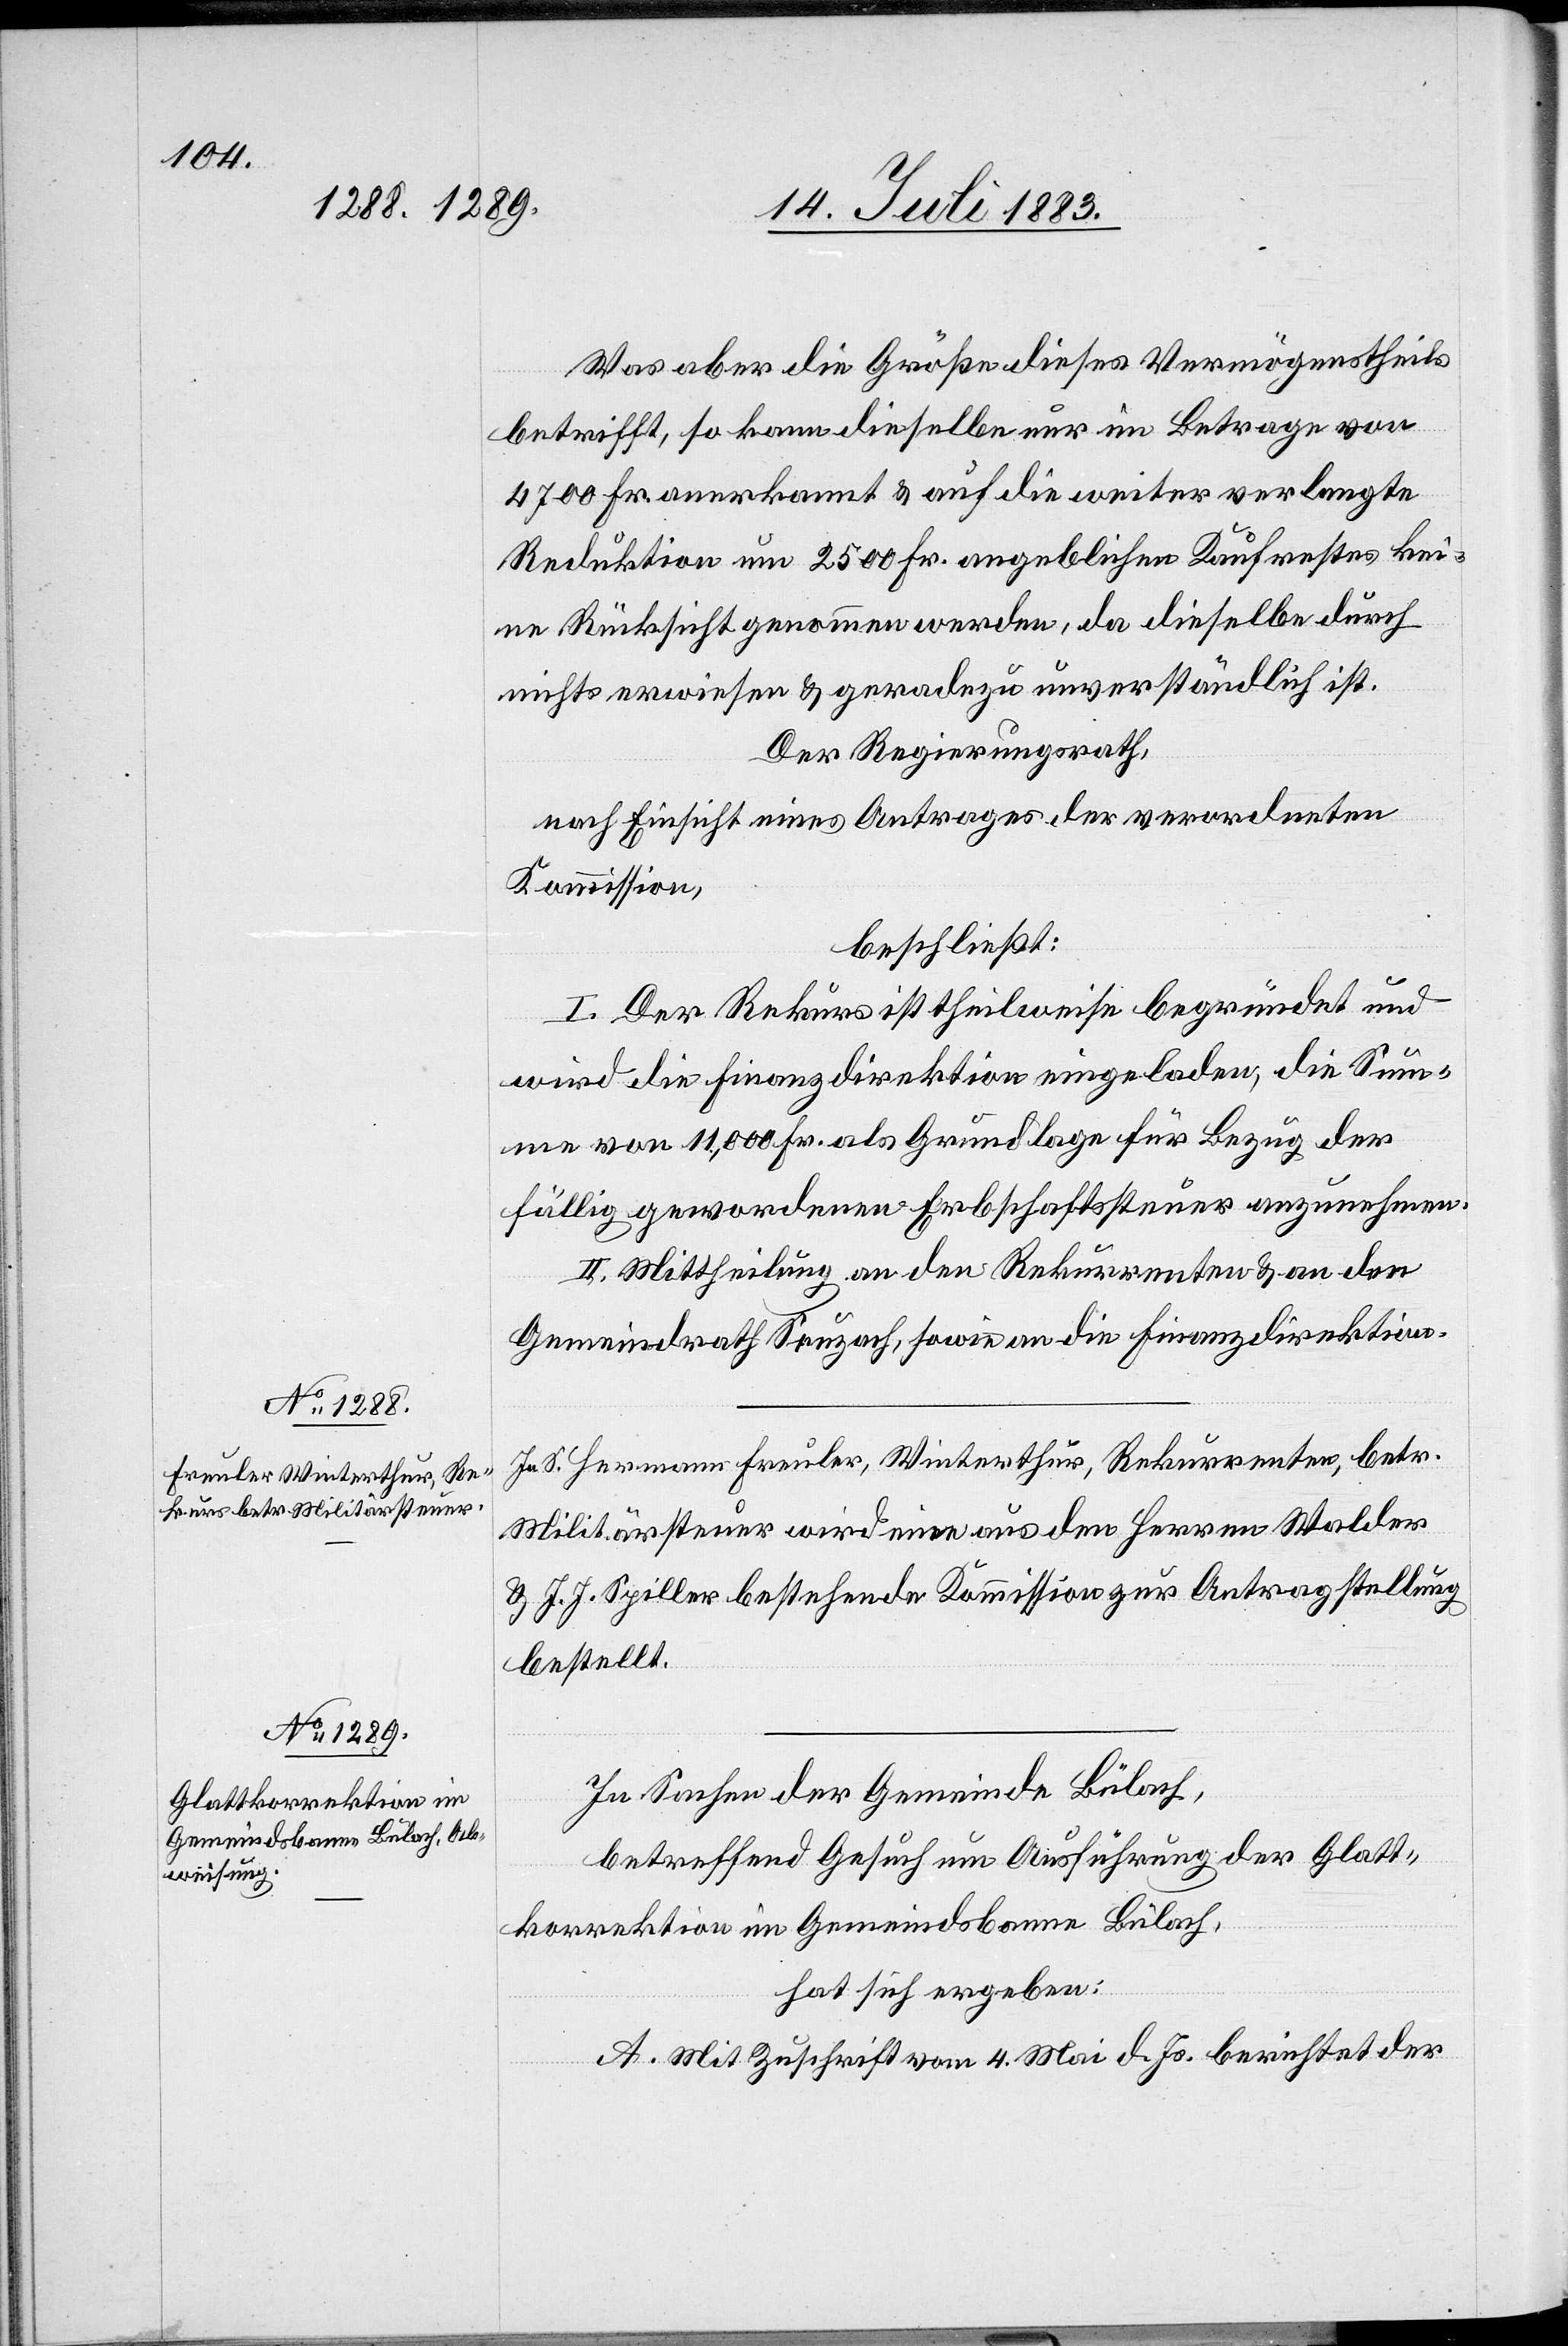
Was aber die Größe dieses Vermögenstheils
betrifft, so kann dieselbe nur im Betrag von
4700 Fr. anerkannt & auf die weitere verlangte
Reduktion um 2500 Fr. angeblichen Kaufrestes kei¬
ne Rücksicht genommen werden, da dieselbe durch
nichts erwiesen & geradezu unverständlich ist.
Der Regierungsrath,
nach Einsicht eines Antrages der verordneten
Kommission,
beschließt:
I. Der Rekurs ist theilweise begründet und
wird die Finanzdirektion eingeladen, die Sum¬
me von 11,000 Fr. als Grundlage für Bezug der
fällig gewordenen Erbschaftssteuer anzunehmen.
II. Mittheilung an den Rekurrenten & an den
Gemeindrath Seuzach, sowie an die Finanzdirektion.
In S. Hermann Freuler, Winterthur, Rekurrenten, betr.
Militärsteuer wird eine aus den Herren Walder
& J. J. Spiller bestehende Kommission zur Antragstellung
bestellt.
In Sachen der Gemeinde Bülach,
betreffend Gesuch um Ausführung der Glatt¬
korrektion im Gemeindsbanne Bülach,
hat sich ergeben:
A. Mit Zuschrift vom 4. Mai d. Js. berichtet der